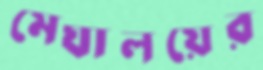
মেঘালয়ের